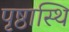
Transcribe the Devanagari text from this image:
पृष्ठास्थि